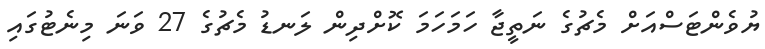
ޔުވެންޓަސްއަށް މެޗުގެ ނަތީޖާ ހަމަހަމަ ކޮށްދިން ލަނޑު މެޗުގެ 27 ވަނަ މިނެޓުގައި